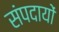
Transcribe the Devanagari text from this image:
संपदायों